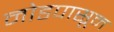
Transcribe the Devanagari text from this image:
नोडपासून